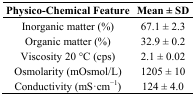
<table><thead><tr><td><b>Physico-Chemical Feature </b></td><td><b>Mean ± SD</b></td></tr></thead><tbody><tr><td>Inorganic matter (%)</td><td>67.1 ± 2.3</td></tr><tr><td>Organic matter (%)</td><td>32.9 ± 0.2</td></tr><tr><td>Viscosity 20 °C (cps)</td><td>2.1 ± 0.02</td></tr><tr><td>Osmolarity (mOsmol/L)</td><td>1205 ± 10</td></tr><tr><td>Conductivity (mS·cm<sup>−1</sup>) </td><td>124 ± 4.0</td></tr></tbody></table>